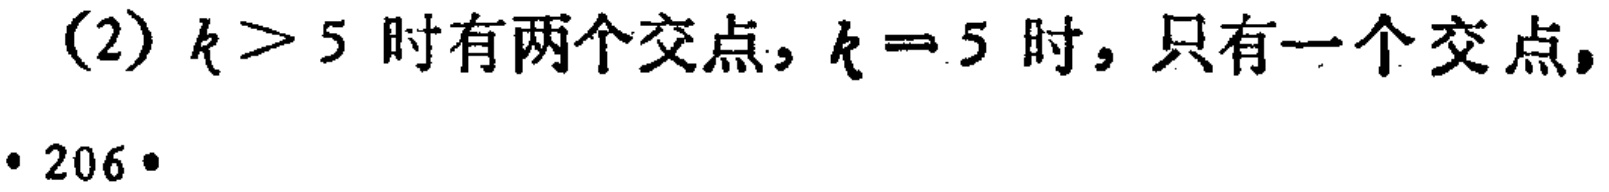
(2) \(k > 5\) 时有两个交点，\(k = 5\) 时，只有一个交点，
• 206•